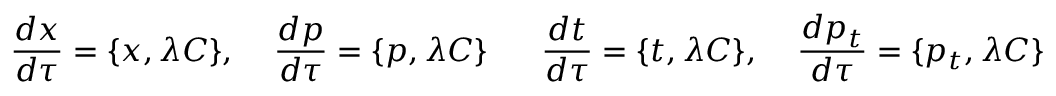
{ \frac { d x } { d \tau } } = \{ x , \lambda C \} , \; \; \; \; { \frac { d p } { d \tau } } = \{ p , \lambda C \} \; \; \; \; \; \; { \frac { d t } { d \tau } } = \{ t , \lambda C \} , \; \; \; \; { \frac { d p _ { t } } { d \tau } } = \{ p _ { t } , \lambda C \}